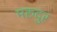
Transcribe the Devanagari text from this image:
मरुदुर